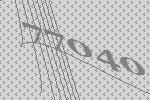
77040